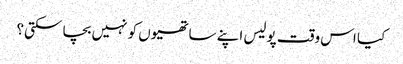
کیا اس وقت پولیس اپنے ساتھیوں کو نہیں بچا سکتی؟